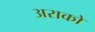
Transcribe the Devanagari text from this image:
अराको